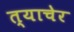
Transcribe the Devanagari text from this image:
त्याचेर